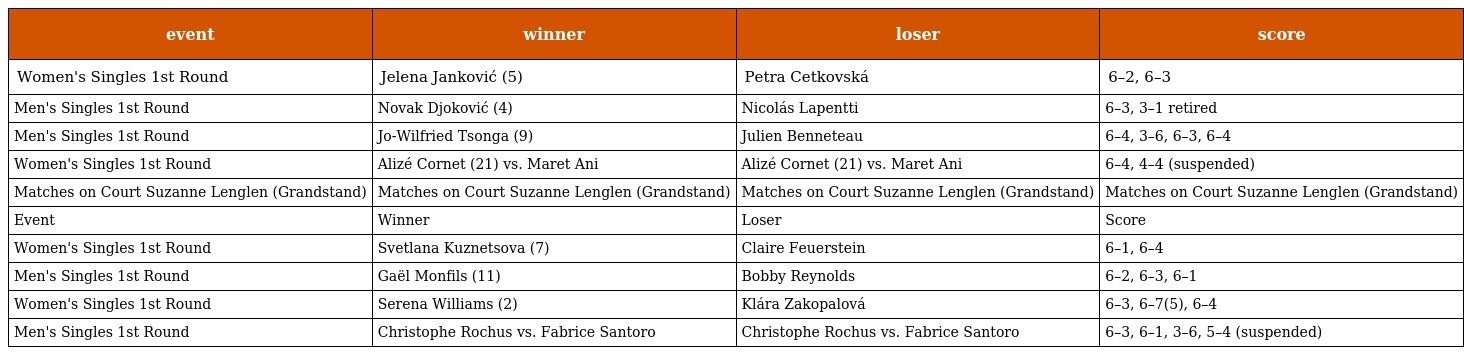
| event | winner | loser | score |
 | --- | --- | --- | --- |
 | Women's Singles 1st Round | Jelena Janković (5) | Petra Cetkovská | 6–2, 6–3 |
 | Men's Singles 1st Round | Novak Djoković (4) | Nicolás Lapentti | 6–3, 3–1 retired |
 | Men's Singles 1st Round | Jo-Wilfried Tsonga (9) | Julien Benneteau | 6–4, 3–6, 6–3, 6–4 |
 | Women's Singles 1st Round | Alizé Cornet (21) vs. Maret Ani | Alizé Cornet (21) vs. Maret Ani | 6–4, 4–4 (suspended) |
 | Matches on Court Suzanne Lenglen (Grandstand) | Matches on Court Suzanne Lenglen (Grandstand) | Matches on Court Suzanne Lenglen (Grandstand) | Matches on Court Suzanne Lenglen (Grandstand) |
 | Event | Winner | Loser | Score |
 | Women's Singles 1st Round | Svetlana Kuznetsova (7) | Claire Feuerstein | 6–1, 6–4 |
 | Men's Singles 1st Round | Gaël Monfils (11) | Bobby Reynolds | 6–2, 6–3, 6–1 |
 | Women's Singles 1st Round | Serena Williams (2) | Klára Zakopalová | 6–3, 6–7(5), 6–4 |
 | Men's Singles 1st Round | Christophe Rochus vs. Fabrice Santoro | Christophe Rochus vs. Fabrice Santoro | 6–3, 6–1, 3–6, 5–4 (suspended) |